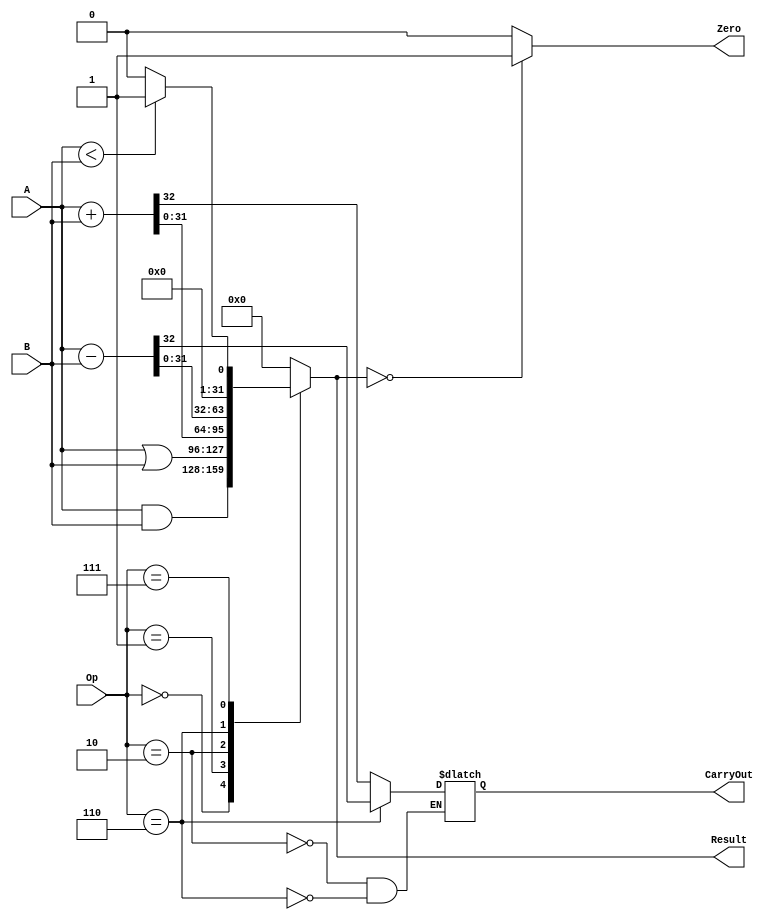
module  ALU32Bit(Zero, CarryOut, Result, A, B, Op);
  input [2:0] Op;
  input [31:0] A, B;
  output [31:0] Result;
  reg [31:0] Result;
  output CarryOut, Zero;
  reg CarryOut;
  assign Zero = (({Result} == 0)) ? 1 : 0;
  always @ (Op, A, B) begin
    case(Op)
      0:  Result <= A & B;
      1:  Result <= A | B;
      2:  {CarryOut, Result[31:0]} <= A + B;
      6:  {CarryOut, Result[31:0]} <= A - B;
      7:  Result <= A < B ? 1 : 0;
      default: Result <= 0;
    endcase
  end
endmodule